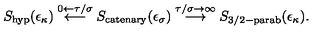
S _ { \mathrm { h y p } } ( \epsilon _ { \kappa } ) \stackrel { 0 \leftarrow \tau / \sigma } { \longleftarrow } S _ { \mathrm { c a t e n a r y } } ( \epsilon _ { \sigma } ) \stackrel { \tau / \sigma \rightarrow \infty } { \longrightarrow } S _ { \mathrm { 3 / 2 - p a r a b } } ( \epsilon _ { \kappa } ) .